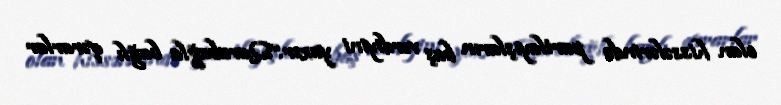
olan hissələrində partlayışların baş verdiyini yazır.“Qarabağla bağlı qərarlar